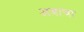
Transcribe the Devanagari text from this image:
अबाचा